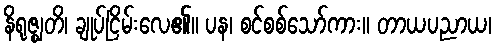
နိရုဇ္ဈတိ၊ ချုပ်ငြိမ်းလေ၏။ ပန၊ စင်စစ်သော်ကား။ တာယပညာယ၊